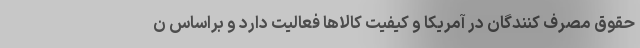
حقوق مصرف کنندگان در آمریکا و کیفیت کالاها فعالیت دارد و براساس ن